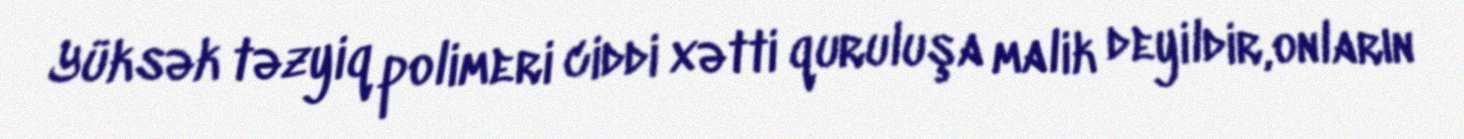
Yüksək təzyiq polimeri ciddi xətti quruluşa malik deyildir,onların